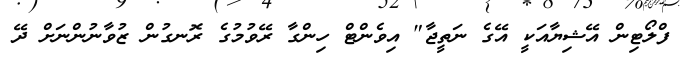
ފްލޯޓިން އޭޝިޔާއަކީ އޭގެ ނަތީޖާ" އިވެންޓް ހިންގާ ރޭވުމުގެ ރޮނގުން ޒުވާނުންނަށް ދޭ